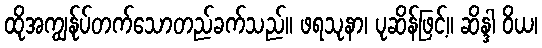
ထိုအကျွန်ုပ်တက်သောတည်ခက်သည်။ ဖရသုနာ၊ ပုဆိန်ဖြင့်။ ဆိန္ဒါ ဝိယ၊